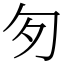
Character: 匇